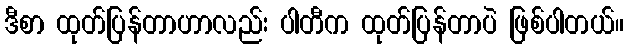
ဒီစာ ထုတ်ပြန်တာဟာလည်း ပါတီက ထုတ်ပြန်တာပဲ ဖြစ်ပါတယ်။